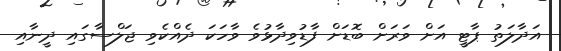
އަދާލަތު ޕާޓީ އަށް ވަރަށް ބޮޑަށް ފާޑުވިދާޅުވެ ވާހަކަ ދެއްކެވި ޖަލްސާގައި ދީނާއި